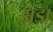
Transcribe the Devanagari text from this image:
झडा